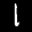
Label: 1